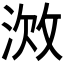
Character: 𫾷